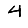
Digit: 4